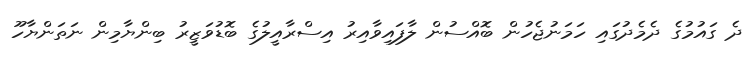
ދެ ގައުމުގެ ދެމެދުގައި ހަމަނުޖެހުން ބޮއްސުން ލާފައިވާއިރު އިސްރާއީލުގެ ބޮޑުވަޒީރު ބިންޔާމިން ނަތަންޔާހޫ